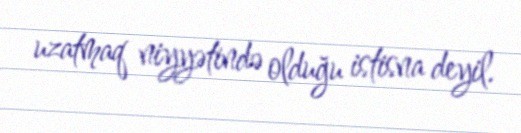
uzatmaq niyyətində olduğu istisna deyil.